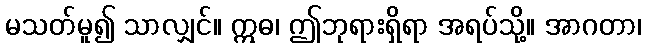
မသတ်မူ၍ သာလျှင်။ ဣဓ၊ ဤဘုရားရှိရာ အရပ်သို့။ အာဂတာ၊